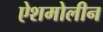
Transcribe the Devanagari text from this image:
ऐशमोलीन